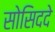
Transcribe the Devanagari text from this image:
सोसिददे